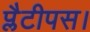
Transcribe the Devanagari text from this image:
प्लैटीपस।